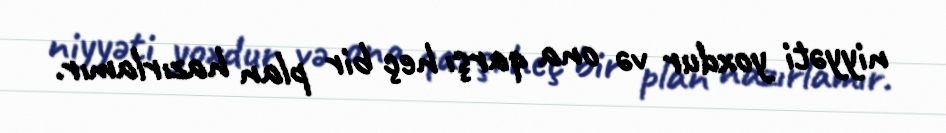
niyyəti yoxdur və ona qarşı heç bir plan hazırlamır.